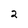
Character: 2